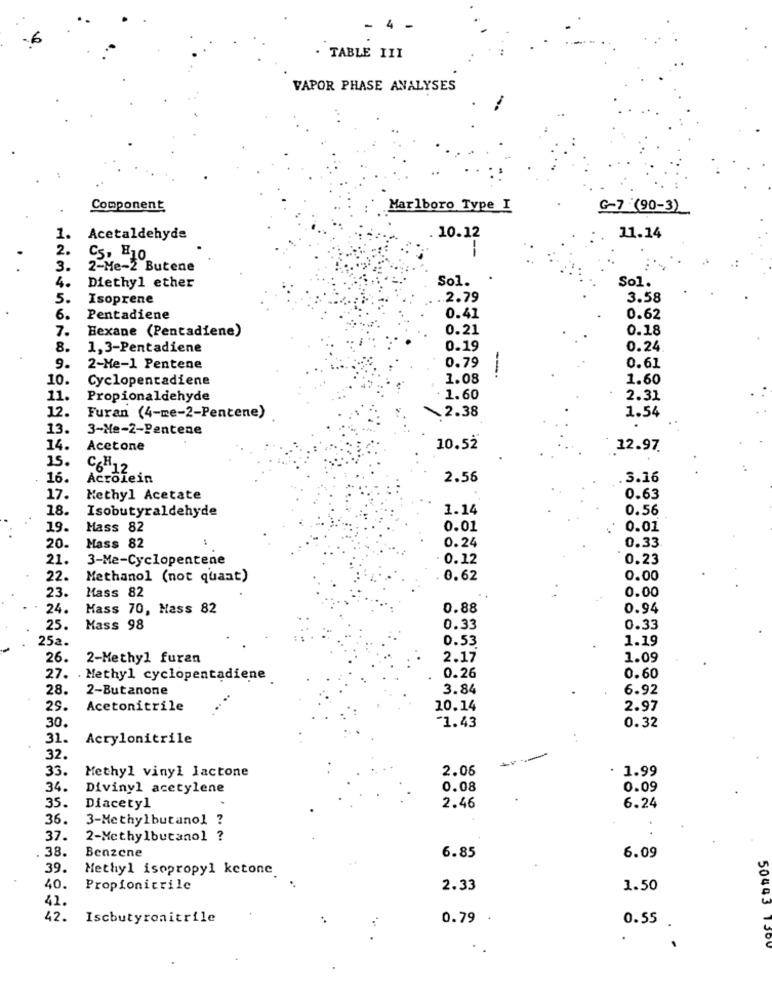
4 -
6
. TABLE III
VAPOR PHASE ANALYSES
Component
Marlboro Type I
G-7 (90-3)
1.
Acetaldehyde
10.12
11.14
2.
Cs, H10
3.
2-Me-2 Butene
4.
Sol.
Diethyl ether
Sol.
5.
Isoprene
2.79
3.58
6.
Pentadiene
0.41
0.62
7.
Hexane (Pentadiene)
0.21
0.18
8.
1,3-Pentadiene
0.19
0.24
0.79
9.
2-Me-1 Pentene
0.61
10.
Cyclopentadiene
1.08
1.60
11.
Propionaldehyde
1.60
2.31
12.
2.38
Furan (4-me-2-Pentene)
1.54
13.
3-Me-2-Pentene
14.
Acetone
10.52
12.97
15.
C6H12
16.
Acrolein
2.56
3.16
17.
Methyl Acetate
0.63
18.
Isobutyraldehyde
1.14
0.56
19.
Hass 82
0.01
0.01
0.24
0.33
20.
Mass 82
21.
3-Me-Cyclopentene
0.12
0.23
22.
Methanol (not quant)
0.62
0.00
23.
Mass 82
0.00
24.
Mass 70, Mass 82
0.88
0.94
25.
Mass 98
0.33
0.33
252.
0.53
1.19
26.
2-Methyl furan
2.17
1.09
0.26
27. . Methyl cyclopentadiene
0.60
28.
2-Butanone
3.84
6.92
29.
Acetonitrile
.....
10.14
2.97
-1.43
30.
0.32
31.
Acrylonitrile
32.
33.
Methyl vinyl lactone
2.06
. 1.99
34.
Divinyl acetylene
0.08
0.09
6.24
35.
Diacetyl
2.46
36.
3-Methylbutanol ?
37.
2-Methylbutanol ?
38.
Benzene
6.85
6.09
39.
Methyl isopropyl ketone
40.
Propionitrile
2.33
1.50
41.
50443
42.
Iscbutyronitrile
0.79
0.55
1.300